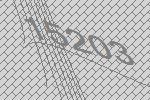
15203